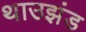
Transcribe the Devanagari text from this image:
थाउझंड